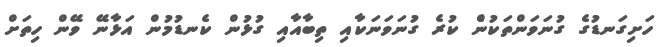
ހަށިގަނޑުގެ ގުނަވަންތަކުންެ ކުރެ ގުނަވަނަކާއި ތިބާއާއި ގުޅުން ކެނޑުމުން އަޅާނޭ ވޭން ހިތަށް